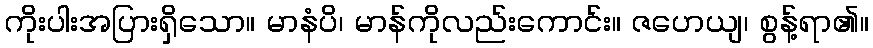
ကိုးပါးအပြားရှိသော။ မာနံပိ၊ မာန်ကိုလည်းကောင်း။ ဇဟေယျ၊ စွန့်ရာ၏။